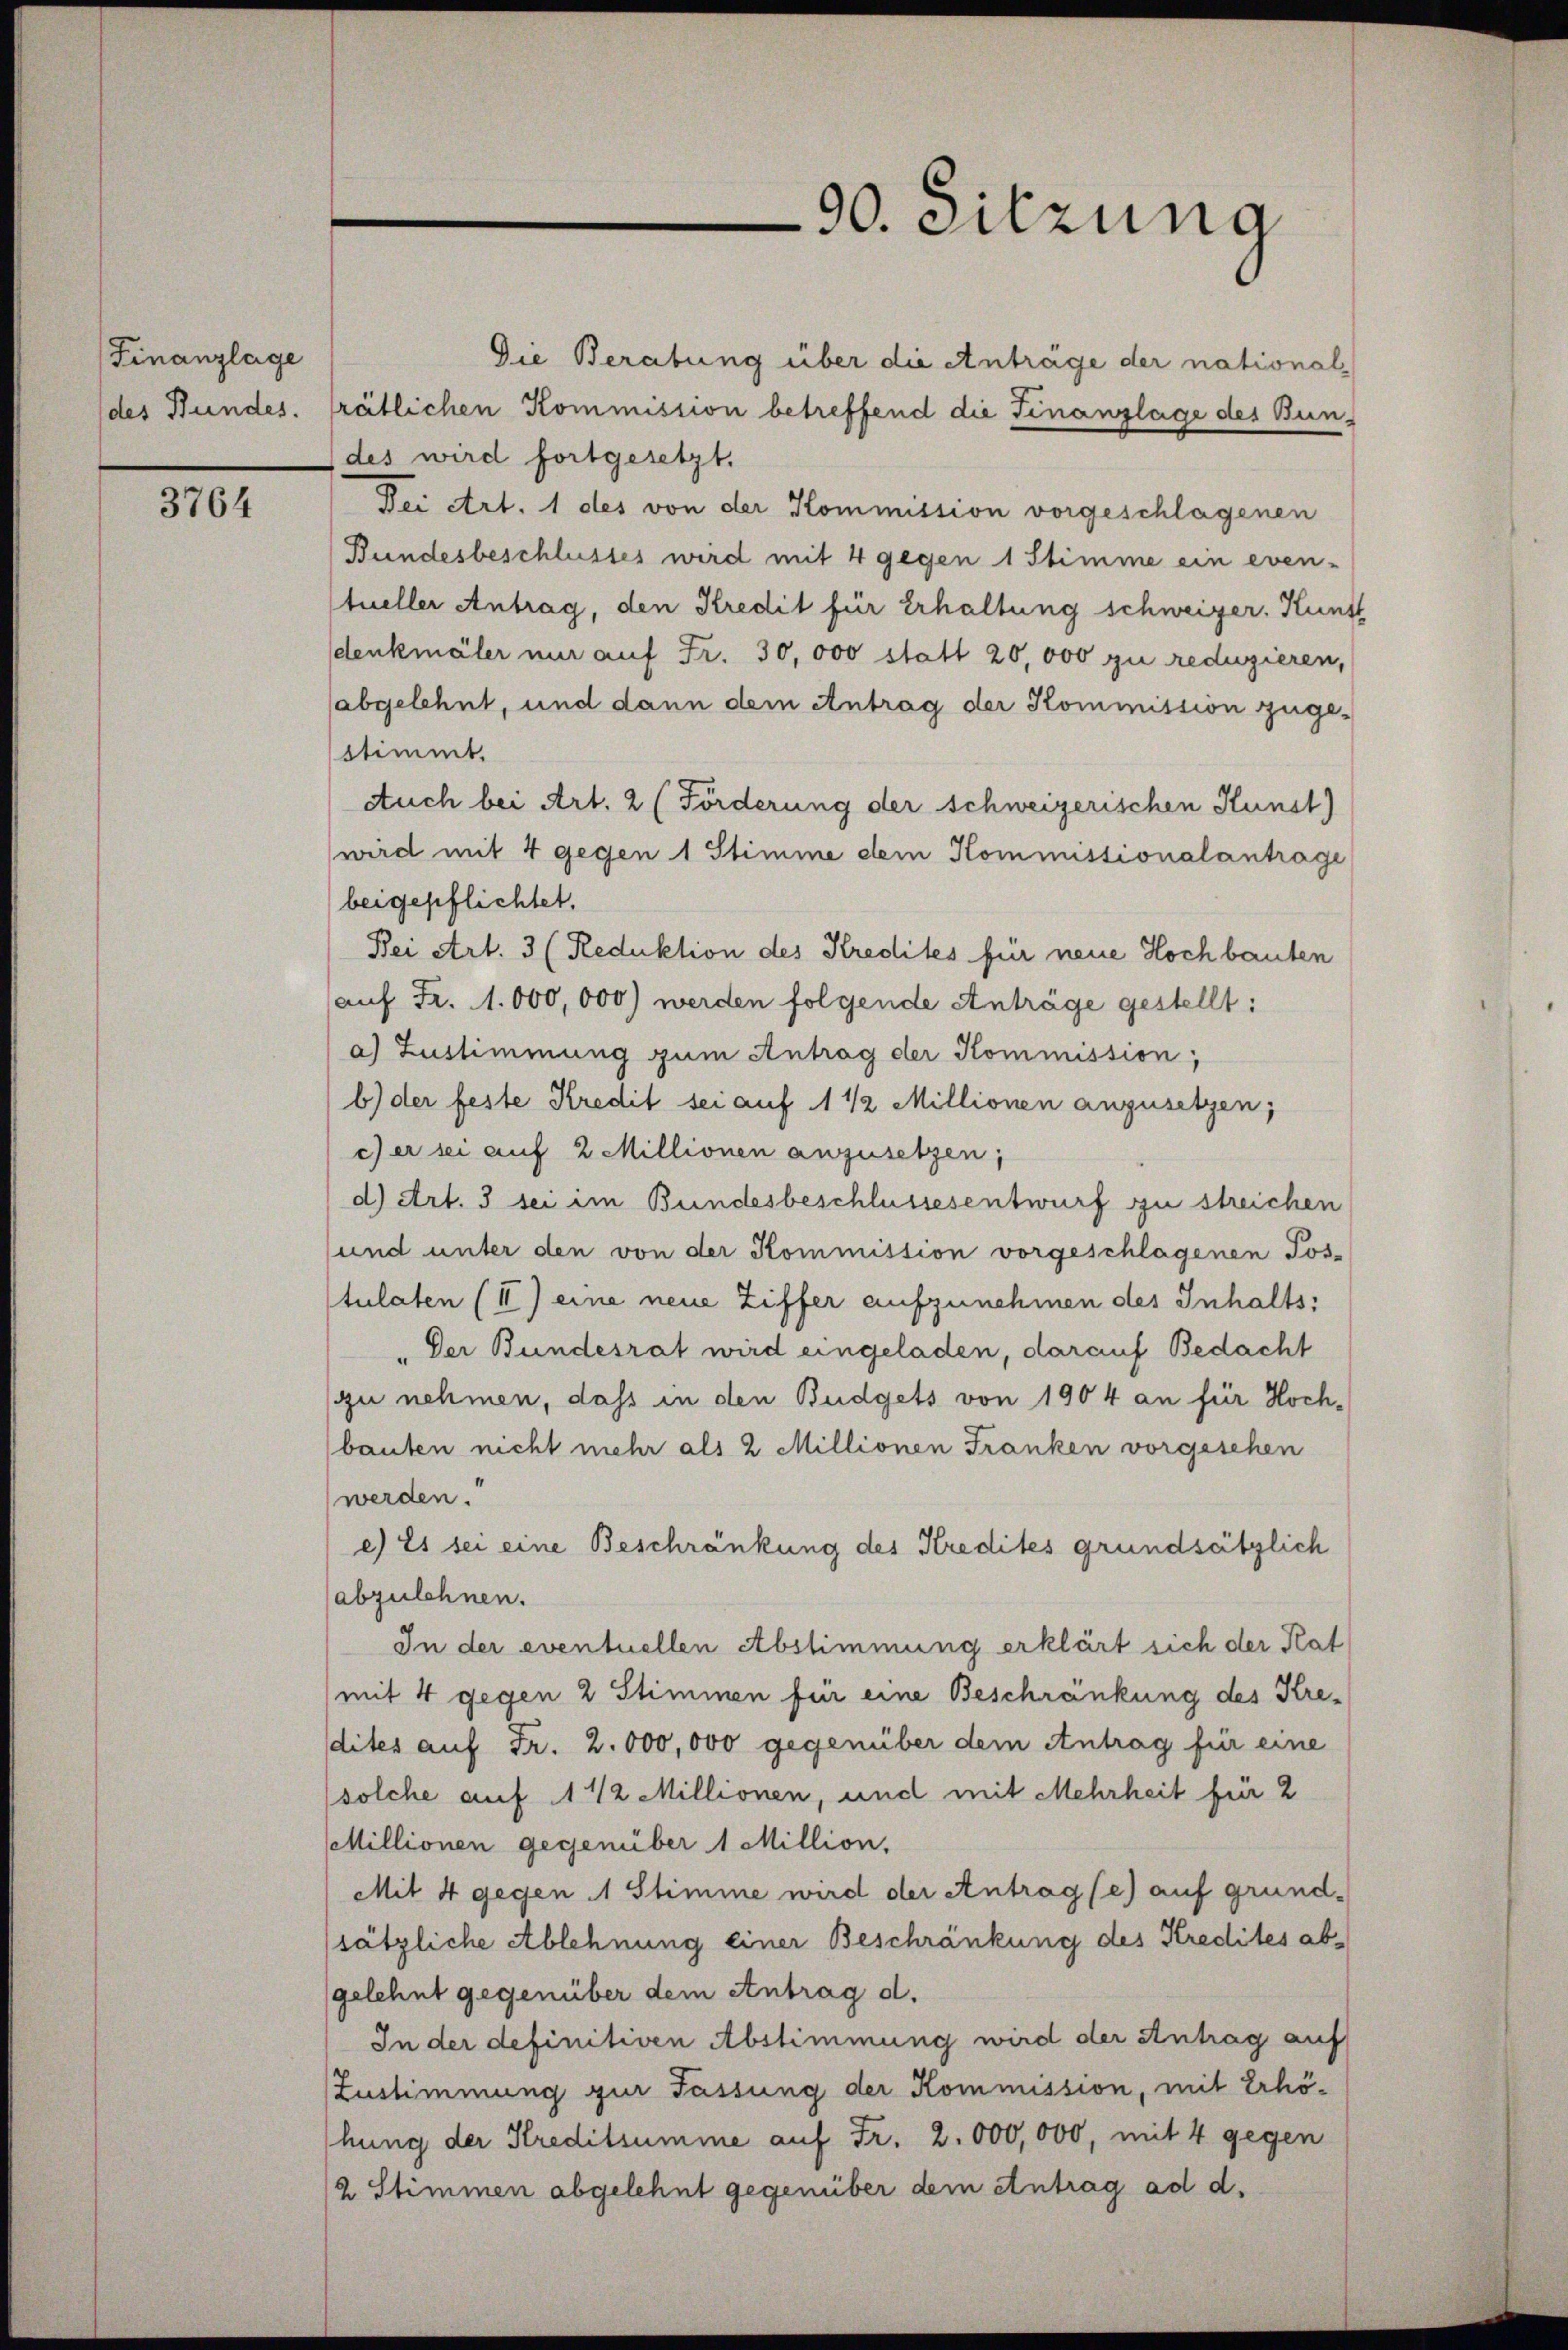
Finanzlage

3764

90. Sitzung

Die Beratung über die Anträge der nationaldes Bundes. trätlichen Kommission betreffend die Finanzlage des Bun¬
(des wird fortgesetzt.
Dei Art. 1 des von der Kommission vorgeschlagenen
Bundesbeschlusses wird mit 4 gegen 1 Stimme ein even-
tueller Antrag, den Kredit für Erhaltung schweizer. Kunst
sdenkmäler nur auf Fr. 30,000 statt 20,000 zu reduzieren,
abgelehnt, und dann dem Antrag der Kommission zuge-
stimmt.
Auch bei Art. 2 (Förderung der schweizerischen Kunst)
wird mit 4 gegen 1 Stimme dem Kommissionalantrage
beigepflichtet.
Bei Art. 3 (Reduktion des Kredites für neue Hochbauten
auf Fr. 1.000,000) werden folgende Anträge gestellt:
a) Zustimmung zum Antrag der Kommission,
b) der feste Kredit sei auf 1 1/2 Millionen anzusetzen;
c) er sei auf 2 Millionen anzusetzen;
d) Art. 3 sei im Bundesbeschlussesentwurf zu streichen
und unter den von der Kommission vorgeschlagenen Tos-
stulaten (II) eine neue Ziffer aufzunehmen des Inhalts:
"Der Bundesrat wird eingeladen, darauf Bedacht
zu nehmen, dass in den Budgets von 1904 an für Hochbauten nicht mehr als 2 Millionen Franken vorgesehen
werden.
e) Es sei eine Beschränkung des Kredites grundsätzlich
abzulehnen.
In der eventuellen Abstimmung erklärt sich der Plat
(mit 4 gegen 2 Stimmen für eine Beschränkung des Kredites auf Fr. 2. 000,000 gegenüber dem Antrag für eine
(solche auf 1 1/2 Millionen, und mit Mehrheit für 2
Millionen gegenüber 1 Million.
Mit 4 gegen 1 Stimme wird der Antrag (e) auf grund-
(sätzliche Ablehnung einer Beschränkung des Kredites abgelehnt gegenüber dem Antrag d.
In der definitiven Abstimmung wird der Antrag auf
Zustimmung zur Fassung der Kommission, mit Erhöhung der Kreditsumme auf Fr. 2. 000,000, mit 4 gegen
2 Stimmen abgelehnt gegenüber dem Antrag ad d.